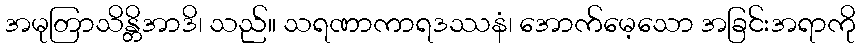
အမုတြာသိန္တိအာဒိ၊ သည်။ သရဏာကာရဒဿနံ၊ အောက်မေ့သော အခြင်းအရာကို